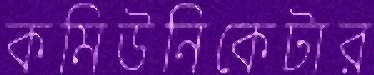
কমিউনিকেটার